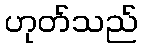
ဟုတ်သည်